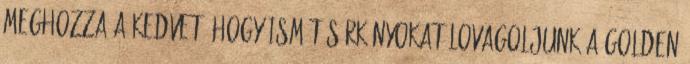
meghozza a kedvet, hogy ismét sárkányokat lovagoljunk a Golden